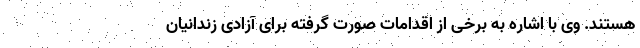
هستند. وی با اشاره به برخی از اقدامات صورت گرفته برای آزادی زندانیان